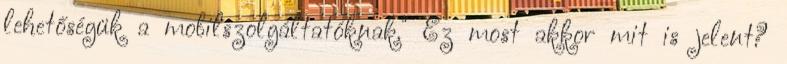
lehetőségük a mobilszolgáltatóknak." Ez most akkor mit is jelent?